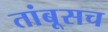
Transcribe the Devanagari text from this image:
तांबूसच